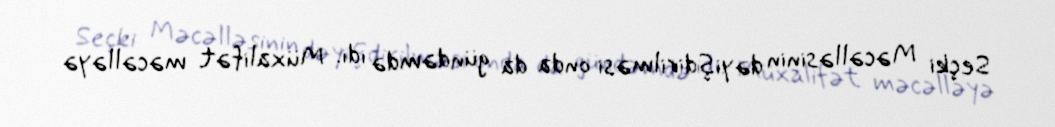
Seçki Məcəlləsinin dəyişdirilməsi onda da gündəmdə idi. Müxalifət məcəlləyə